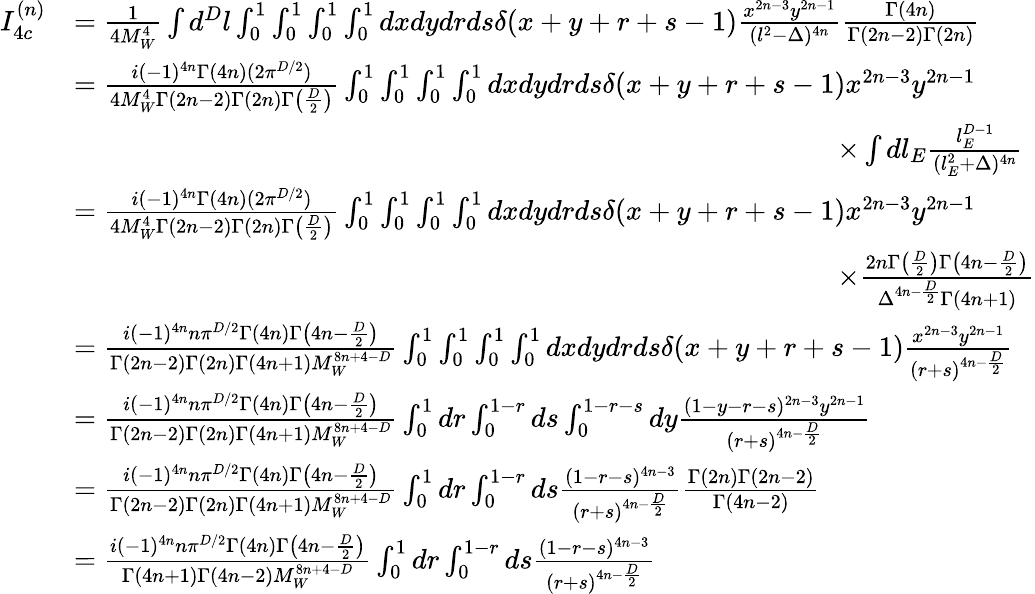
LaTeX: \begin{array}{rl}{I_{4c}^{(n)}}&{=\frac{1}{4M_{W}^{4}}\int d^{D}l\int_{0}^{1}\int_{0}^{1}\int_{0}^{1}\int_{0}^{1}dxdydrds\delta(x+y+r+s-1)\frac{x^{2n-3}y^{2n-1}}{(l^{2}-\Delta)^{4n}}\frac{\Gamma(4n)}{\Gamma(2n-2)\Gamma(2n)}}\\ &{=\frac{i(-1)^{4n}\Gamma(4n)(2\pi^{D/2})}{4M_{W}^{4}\Gamma(2n-2)\Gamma(2n)\Gamma\big(\frac{D}{2}\big)}\int_{0}^{1}\int_{0}^{1}\int_{0}^{1}\int_{0}^{1}dxdydrds\delta(x+y+r+s-1)x^{2n-3}y^{2n-1}}\\ &{\quad\quad\quad\quad\quad\quad\quad\quad\quad\quad\quad\quad\quad\quad\quad\quad\quad\quad\quad\quad\quad\quad\quad\quad\quad\quad\quad\times\int dl_{E}\frac{l_{E}^{D-1}}{(l_{E}^{2}+\Delta)^{4n}}}\\ &{=\frac{i(-1)^{4n}\Gamma(4n)(2\pi^{D/2})}{4M_{W}^{4}\Gamma(2n-2)\Gamma(2n)\Gamma\big(\frac{D}{2}\big)}\int_{0}^{1}\int_{0}^{1}\int_{0}^{1}\int_{0}^{1}dxdydrds\delta(x+y+r+s-1)x^{2n-3}y^{2n-1}}\\ &{\quad\quad\quad\quad\quad\quad\quad\quad\quad\quad\quad\quad\quad\quad\quad\quad\quad\quad\quad\quad\quad\quad\quad\quad\quad\quad\quad\times\frac{2n\Gamma\big(\frac{D}{2}\big)\Gamma\big(4n-\frac{D}{2}\big)}{\Delta^{4n-\frac{D}{2}}\Gamma(4n+1)}}\\ &{=\frac{i(-1)^{4n}n\pi^{D/2}\Gamma(4n)\Gamma\big(4n-\frac{D}{2}\big)}{\Gamma(2n-2)\Gamma(2n)\Gamma(4n+1)M_{W}^{8n+4-D}}\int_{0}^{1}\int_{0}^{1}\int_{0}^{1}\int_{0}^{1}dxdydrds\delta(x+y+r+s-1)\frac{x^{2n-3}y^{2n-1}}{(r+s)^{4n-\frac{D}{2}}}}\\ &{=\frac{i(-1)^{4n}n\pi^{D/2}\Gamma(4n)\Gamma\big(4n-\frac{D}{2}\big)}{\Gamma(2n-2)\Gamma(2n)\Gamma(4n+1)M_{W}^{8n+4-D}}\int_{0}^{1}dr\int_{0}^{1-r}ds\int_{0}^{1-r-s}dy\frac{(1-y-r-s)^{2n-3}y^{2n-1}}{(r+s)^{4n-\frac{D}{2}}}}\\ &{=\frac{i(-1)^{4n}n\pi^{D/2}\Gamma(4n)\Gamma\big(4n-\frac{D}{2}\big)}{\Gamma(2n-2)\Gamma(2n)\Gamma(4n+1)M_{W}^{8n+4-D}}\int_{0}^{1}dr\int_{0}^{1-r}ds\frac{(1-r-s)^{4n-3}}{(r+s)^{4n-\frac{D}{2}}}\frac{\Gamma(2n)\Gamma(2n-2)}{\Gamma(4n-2)}}\\ &{=\frac{i(-1)^{4n}n\pi^{D/2}\Gamma(4n)\Gamma\big(4n-\frac{D}{2}\big)}{\Gamma(4n+1)\Gamma(4n-2)M_{W}^{8n+4-D}}\int_{0}^{1}dr\int_{0}^{1-r}ds\frac{(1-r-s)^{4n-3}}{(r+s)^{4n-\frac{D}{2}}}}\end{array}